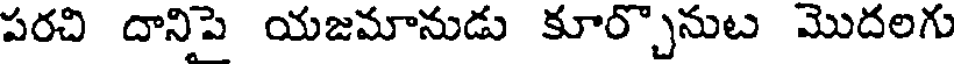
పరచి దానిపె యజమానుడు కూర్చొనుట మొదలగు